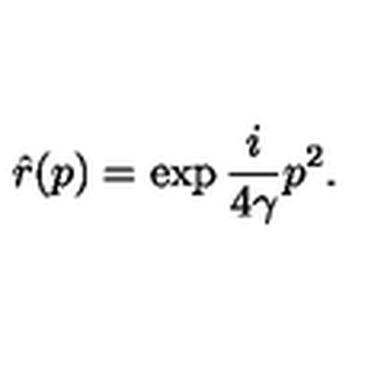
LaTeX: \hat { r } ( p ) = \exp { \frac { i } { 4 \gamma } p ^ { 2 } } .